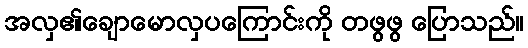
အလှ၏ချောမောလှပကြောင်းကို တဖွဖွ ပြောသည်။